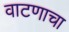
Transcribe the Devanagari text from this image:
वाटणाचा